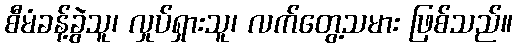
စီမံခန့်ခွဲသူ၊ လှုပ်ရှားသူ၊ လက်တွေ့သမား ဖြစ်သည်။